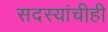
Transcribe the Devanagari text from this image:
सदस्यांचीही